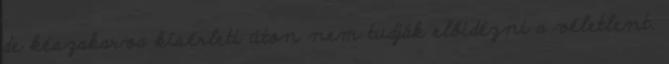
de készakarva kísérleti úton nem tudják előidézni a véletlent.